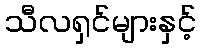
သီလရှင်များနှင့်